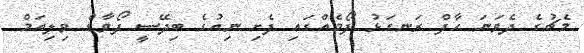
މެޗުގެ ދެވަނަ ހާފް ރަނގަޅު ފޯމެއްގައި ފެށި ނިއުގެ ބިދޭސީ ފޯވާޑް ވިލިއަމް